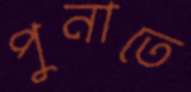
পুনাতে